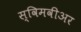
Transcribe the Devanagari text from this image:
स्विमवीअर